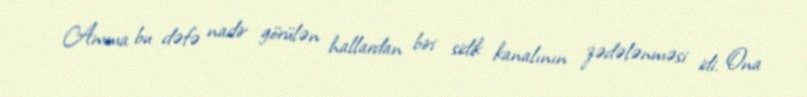
Amma bu dəfə nadir görülən hallardan biri sidik kanalının zədələnməsi idi. Ona